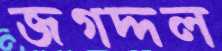
জগদ্দল